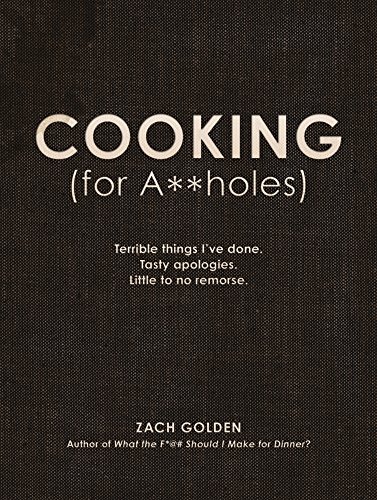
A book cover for Cooking (for A**holes): Terrible things I've done. Tasty apologies. Little to no remorse.; Zach Golden; Humor & Entertainment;